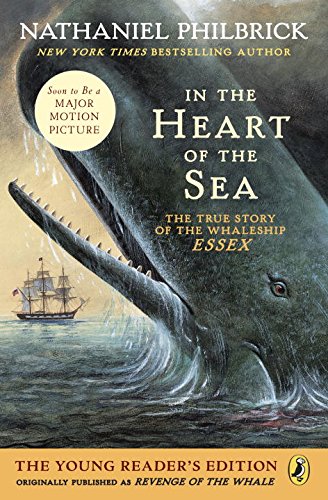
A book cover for In the Heart of the Sea; Nathaniel Philbrick; Children's Books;